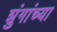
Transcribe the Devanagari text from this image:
शुंगांच्या